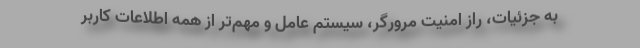
به جزئیات، راز امنیت مرورگر، سیستم عامل و مهم‌تر از همه اطلاعات کاربر